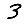
Digit: 3